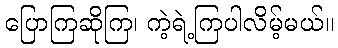
ပြောကြဆိုကြ၊ ကဲ့ရဲ့ကြပါလိမ့်မယ်။